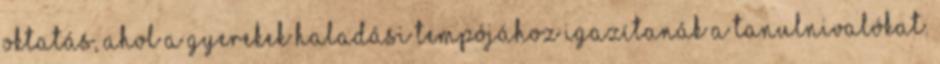
oktatás, ahol a gyerekek haladási tempójához igazítanák a tanulnivalókat.